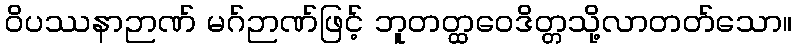
ဝိပဿနာဉာဏ် မဂ်ဉာဏ်ဖြင့် ဘူတတ္ထဝေဒိတ္တသို့လာတတ်သော။